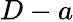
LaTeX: D-a